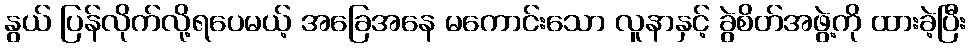
နွယ် ပြန်လိုက်လို့ရပေမယ့် အခြေအနေ မကောင်းသော လူနာနှင့် ခွဲစိတ်အဖွဲ့ကို ထားခဲ့ပြီး